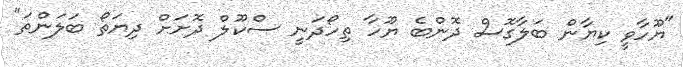
"ޔޫހާވީ ކިޔާން ބަލާގޮސް ދޮންބެ ޔޫހާ ތިހޯދަނީ ސްކޫލް ދޮށަށް ދިޔަތޯ ބަލަންތަ"